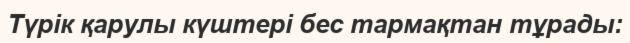
Түрік қарулы күштері бес тармақтан тұрады: